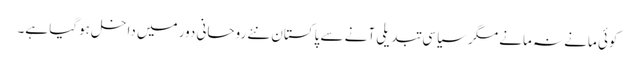
کوئی مانے نہ مانے مگر سیاسی تبدیلی آنے سے پاکستان نئے روحانی دور میں داخل ہوگیا ہے۔